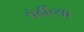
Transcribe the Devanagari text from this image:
पेढींच्या